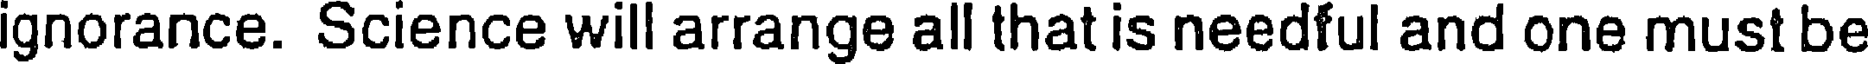
ignorance. Science will arrange all that is needful and one must be